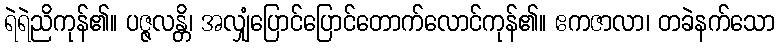
ရဲရဲညိကုန်၏။ ပဇ္ဇလန္တိ၊ အလျှံပြောင်ပြောင်တောက်လောင်ကုန်၏။ ဧကဇာလာ၊ တခဲနက်သော